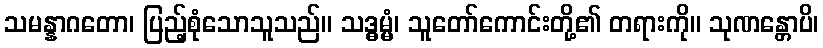
သမန္နာဂတော၊ ပြည့်စုံသောသူသည်။ သဒ္ဓမ္မံ၊ သူတော်ကောင်းတို့၏ တရားကို။ သုဏန္တောပိ၊